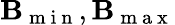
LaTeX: \mathbf{B}_{\mathrm{{~m~i~n~}}},\mathbf{B}_{\mathrm{{~m~a~x~}}}